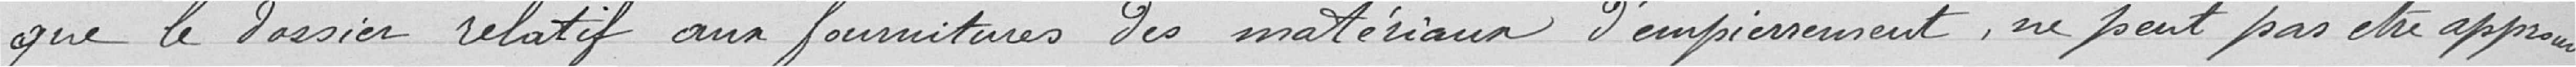
que le dossier relatif aux fournitures des matériaux d'empierrement, ne peut pas être approuvé